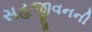
સહજીવનની